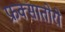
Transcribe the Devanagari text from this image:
फ्रक्सातोरो